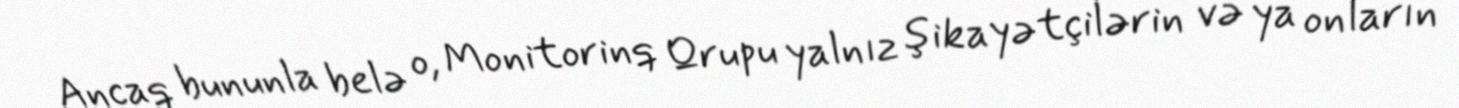
Ancaq bununla belə o, Monitorinq Qrupu yalnız şikayətçilərin və ya onların